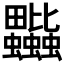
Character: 𧖎